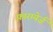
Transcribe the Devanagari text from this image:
फ़ारम्येर्ज़